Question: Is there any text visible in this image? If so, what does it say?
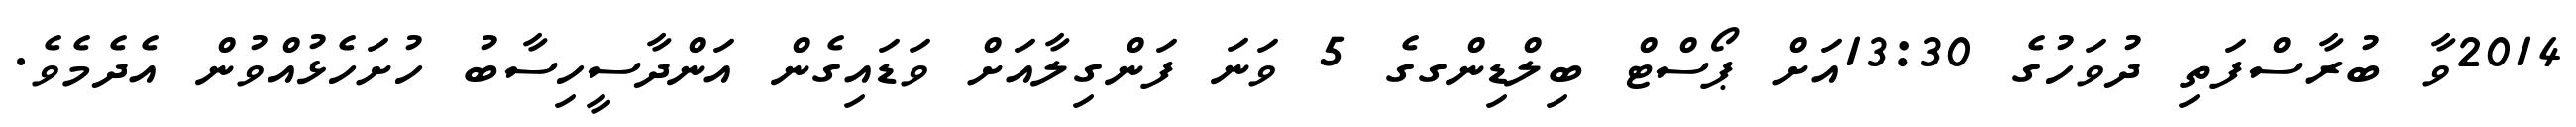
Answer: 2014ވާ ބުރާސްފަތި ދުވަހުގެ 13:30އަށް ޕޯސްޓް ބިލްޑިންގގެ 5 ވަނަ ފަންގިލާއަށް ވަޑައިގެން އަންދާސީހިސާބު ހުށަހެޅުއްވުން އެދެމެވެ.